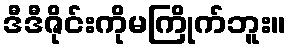
ဒီဒီဇိုင်းကိုမကြိုက်ဘူး။